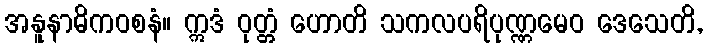
အနူနာဓိကဝစနံ။ ဣဒံ ဝုတ္တံ ဟောတိ သကလပရိပုဏ္ဏမေဝ ဒေသေတိ,